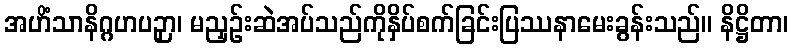
အဟိံသာနိဂ္ဂဟပဉှာ၊ မညှဉ်းဆဲအပ်သည်ကိုနှိပ်စက်ခြင်းပြဿနာမေးခွန်းသည်။ နိဋ္ဌိတာ၊